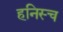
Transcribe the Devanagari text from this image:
हनिस्च